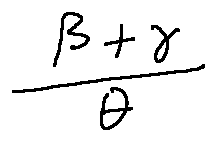
\frac { \beta + \gamma } { \theta }